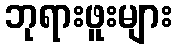
ဘုရားဖူးများ